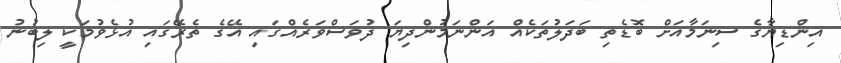
އިންޑިޔާގެ ސިނަމާއަށް ބޮޑެތި ބަދަލުތަކެއް އަންނަމުންދިޔަ ދުވަސްވަރެއްގައި އޭގެ ތެރޭގައި އުޅެވުމަކީ ލިބުނު